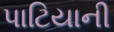
પાટિયાની